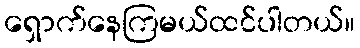
ရှောက်နေကြမယ်ထင်ပါတယ်။